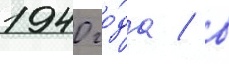
1940 го́да / в